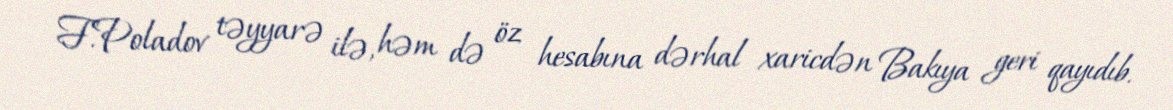
F.Poladov təyyarə ilə, həm də öz hesabına dərhal xaricdən Bakıya geri qayıdıb.